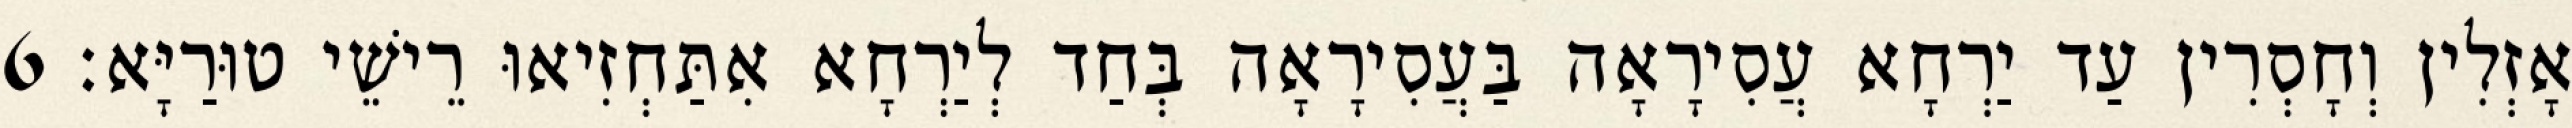
אָזְלִין וְחָסְרִין עַד יַרְחָא עֲסִירָאָה בַּעֲסִירָאָה בְּחַד לְיַרְחָא אִתַּחְזִיאוּ רֵישֵׁי טוּרַיָּא׃ 6